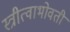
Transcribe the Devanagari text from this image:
स्त्रीत्वाभोवती